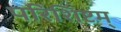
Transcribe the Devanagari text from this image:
परिशिष्टम्